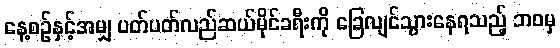
နေ့စဉ်နှင့်အမျှ ပတ်ပတ်လည်ဆယ်မိုင်ခရီးကို ခြေလျင်သွားနေရသည့် ဘဝမှ